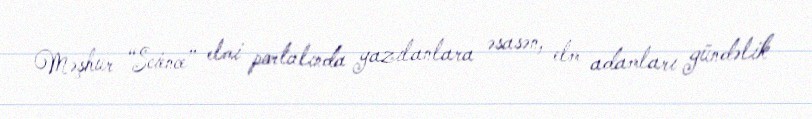
Məşhur “Science” elmi portalında yazılanlara əsasən, elm adamları gündəlik